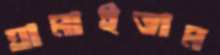
ঘামাইতাম